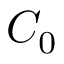
C _ { 0 }